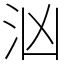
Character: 汹